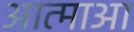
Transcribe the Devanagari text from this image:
आत्माआ